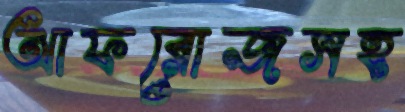
আফরোজসহ